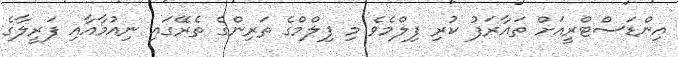
އިންޑަސްޓްރީއަށް ތައާރަފު ކުރި ފިލްމެެވެ މި ފިލްމްގެ ތަރިންގެ ތެރޭގައި ނިއުމާއާއި ފަރީލާގެ